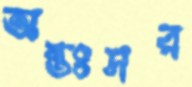
অন্তঃসর